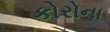
કોરોના